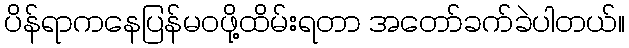
ပိန်ရာကနေပြန်မဝဖို့ထိမ်းရတာ အတော်ခက်ခဲပါတယ်။